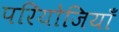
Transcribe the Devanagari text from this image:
परियोजियाँ